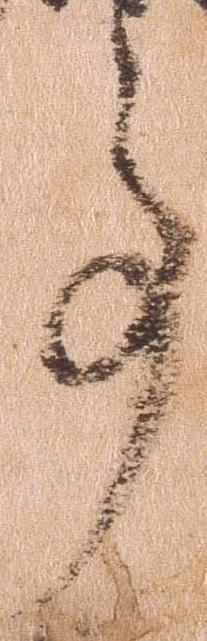
事